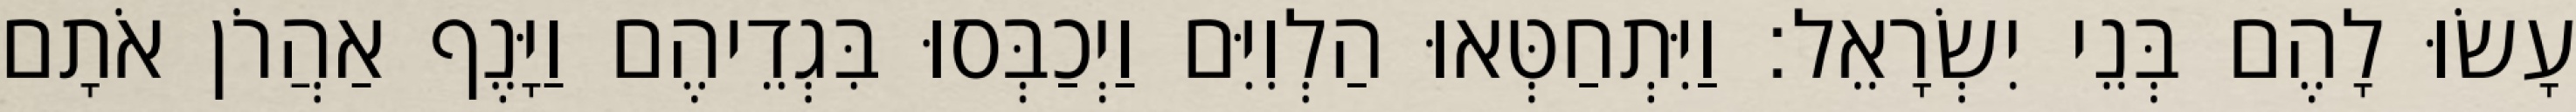
עָשׂוּ לָהֶם בְּנֵי יִשְׂרָאֵל׃ וַיִּתְחַטְּאוּ הַלְוִיִּם וַיְכַבְּסוּ בִּגְדֵיהֶם וַיָּנֶף אַהֲרֹן אֹתָם